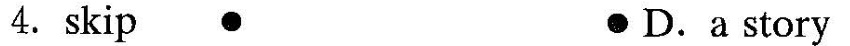
4.skip ● ● D.a story